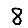
Digit: 8